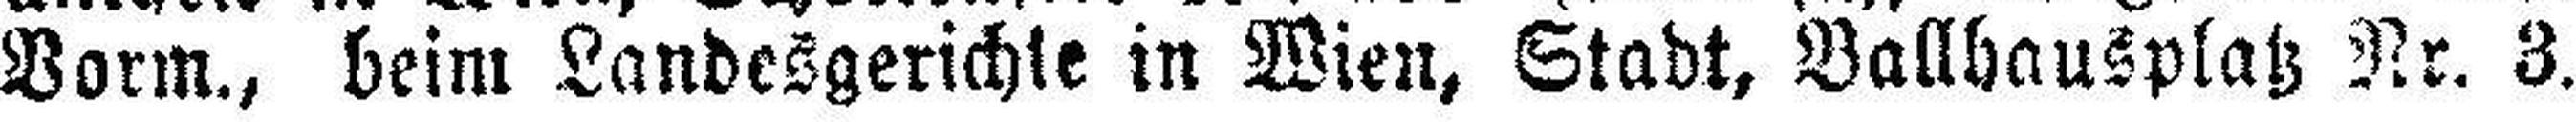
Vorm., beim Landesgerichte in Wien, Stadt, Ballhausplatz Nr. 3.